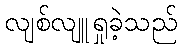
လျစ်လျူရှုခဲ့သည်